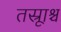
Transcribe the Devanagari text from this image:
तस्रूाश्च